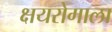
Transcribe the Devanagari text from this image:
क्षयरोगाला